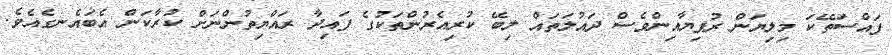
ފައްސަތޭކަ މިލިޔަން ރުފިޔާއިންވެސް ދައުލަތައް ލިބޭ ކުރިއެރުންތަކުގެ ފައިދާ ރައްޔިތުންނަށް ކުރާކަން އެބައެނގެއެވެ.